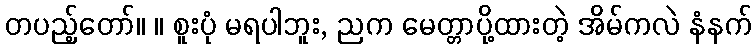
တပည့်တော်။ ။ စူးပုံ မရပါဘူး, ညက မေတ္တာပို့ထားတဲ့ အိမ်ကလဲ နံနက်